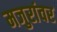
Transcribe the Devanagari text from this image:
मजुरांवर